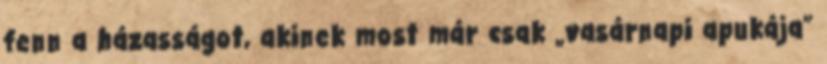
fenn a házasságot, akinek most már csak „vasárnapi apukája”